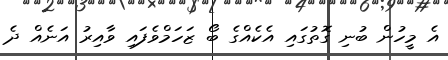
އެ މީހުން ބުނި ގޮތުގައި އެކެއްގެ ބޯ ޒަހަމްވެފައި ވާއިރު އަނެއް ދެ